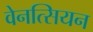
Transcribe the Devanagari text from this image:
वेनत्सियन